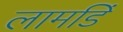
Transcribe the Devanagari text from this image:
लामडिं